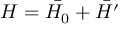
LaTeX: H = { \bar { H _ { 0 } } } + { \bar { H ^ { \prime } } }